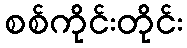
စစ်ကိုင်းတိုင်း